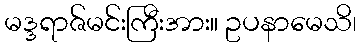
မဒ္ဒရာဇ်မင်းကြီးအား။ ဥပနာမေသိ၊